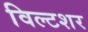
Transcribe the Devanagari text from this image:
विल्टशर